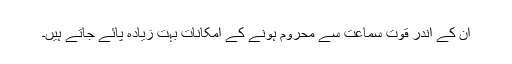
ان کے اندر قوت سماعت سے محروم ہونے کے امکانات بہت زیادہ پائے جاتے ہیں۔